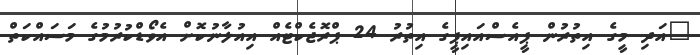
"އަދި މީގެ އިތުރުން ޕީއެސްއައިޕީގެ އިތުރު 24 ޕްރޮޖެކްޓެއް އިއުލާނުކޮށް އެވޯޑްކުރުމުގެ މަސައްކަތް